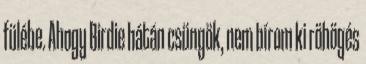
fülébe. Ahogy Birdie hátán csüngök, nem bírom ki röhögés